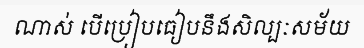
ណាស់ បើប្រៀបធៀបនឹងសិល្បៈសម័យ